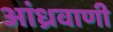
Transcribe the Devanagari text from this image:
आंध्रवाणी